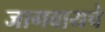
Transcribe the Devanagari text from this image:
जागवायचे